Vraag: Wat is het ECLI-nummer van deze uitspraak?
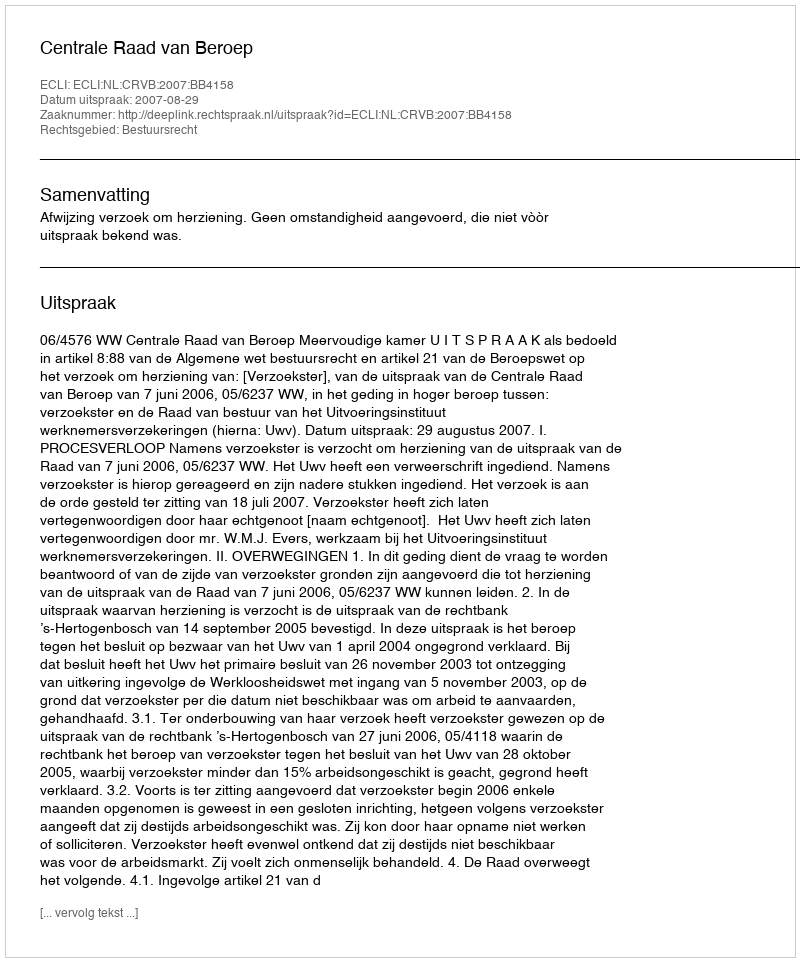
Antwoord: ECLI:NL:CRVB:2007:BB4158